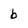
Character: b